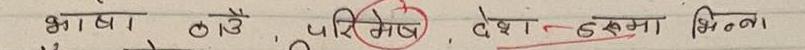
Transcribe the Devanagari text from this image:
भाषा ठाउ, परिभेष, देशहरूमा भिन्न।